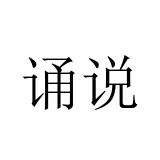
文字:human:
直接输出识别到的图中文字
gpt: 诵说